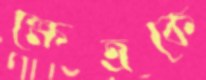
ক্ষেত্রকে